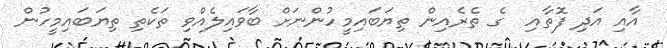
އާއި އަދި ފޮތާއި  ގެ ތެރެއިން ތިޔަބައިމީހުންނަށް ބާވައިލެއްވި ތަކެތި ތިޔަބައިމީހުން